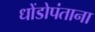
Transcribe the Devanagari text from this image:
धोंडोपंताना